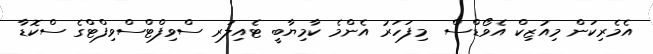
އެމެރިކަން މިއުޒިކް އެވޯޑްސް  މިފަހަރު އެންމެ ކާމިޔާބީ ޓެއިލަރ ސްވިފްޓްސްވިފްޓްގެ ސްކޮޑާ